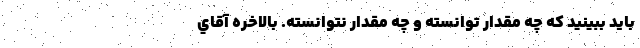
بايد ببينيد كه چه مقدار توانسته و چه مقدار نتوانسته. بالاخره آقاي